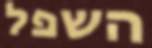
השפל